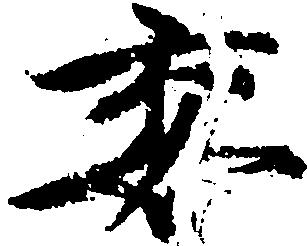
委